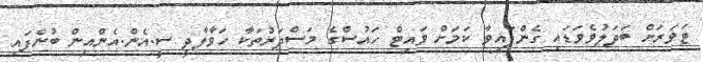
ޓަވަރަށް ބަދަލުވެވަޑައި ގެންފައިވާ ކަމަށް ވައިޓް ހައުސްގެ މަސްދަރުތަކާ ހަވާލާދީ ސީ.އެން.އެންއިން ބުނެފައި